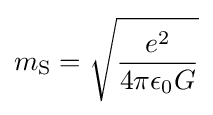
m_{\text{S}}={\sqrt {\frac {e^{2}}{4\pi \epsilon _{0}G}}}